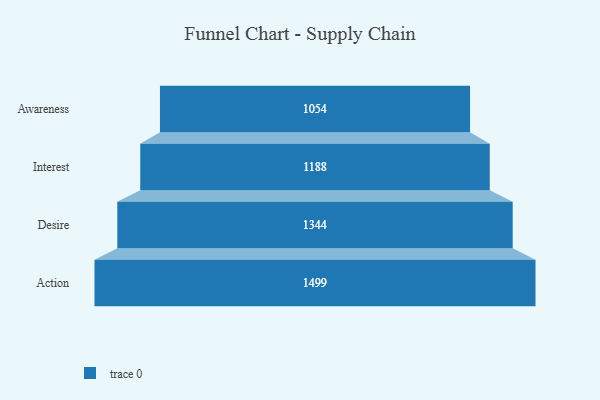
{"axis": {"x": "Stage", "y": "Value"}, "legend": [""], "data": [{"x": "Awareness", "y": 1054.0, "type": ""}, {"x": "Interest", "y": 1188.0, "type": ""}, {"x": "Desire", "y": 1344.0, "type": ""}, {"x": "Action", "y": 1499.0, "type": ""}]}